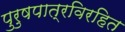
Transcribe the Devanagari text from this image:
पुरुषपात्रविरहित